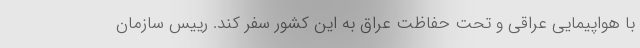
با هواپیمایی عراقی و تحت حفاظت عراق به این کشور سفر کند. رییس سازمان